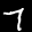
Label: 7